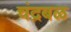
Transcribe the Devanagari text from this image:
चंद्रबळ